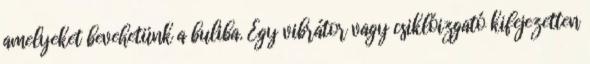
amelyeket bevehetünk a buliba. Egy vibrátor vagy csiklóizgató kifejezetten